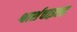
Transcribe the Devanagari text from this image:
श्वार्शचाइल्ड